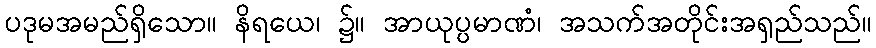
ပဒုမအမည်ရှိသော။ နိရယေ၊ ၌။ အာယုပ္ပမာဏံ၊ အသက်အတိုင်းအရှည်သည်။